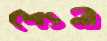
শ্যেনী